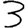
Digit: 3